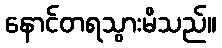
နောင်တရသွားမိသည်။